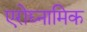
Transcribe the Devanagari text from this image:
एरोद्य्नामिक